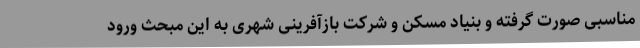
مناسبی صورت گرفته و بنیاد مسکن و شرکت بازآفرینی شهری به این مبحث ورود